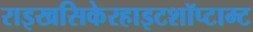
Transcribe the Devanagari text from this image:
राइखसिकेरहाइटशॉप्टाम्ट